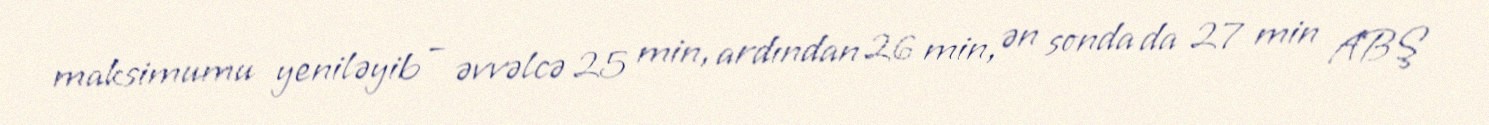
maksimumu yeniləyib – əvvəlcə 25 min, ardından 26 min, ən sonda da 27 min ABŞ